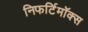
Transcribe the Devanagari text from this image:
निफर्टिमॉक्स